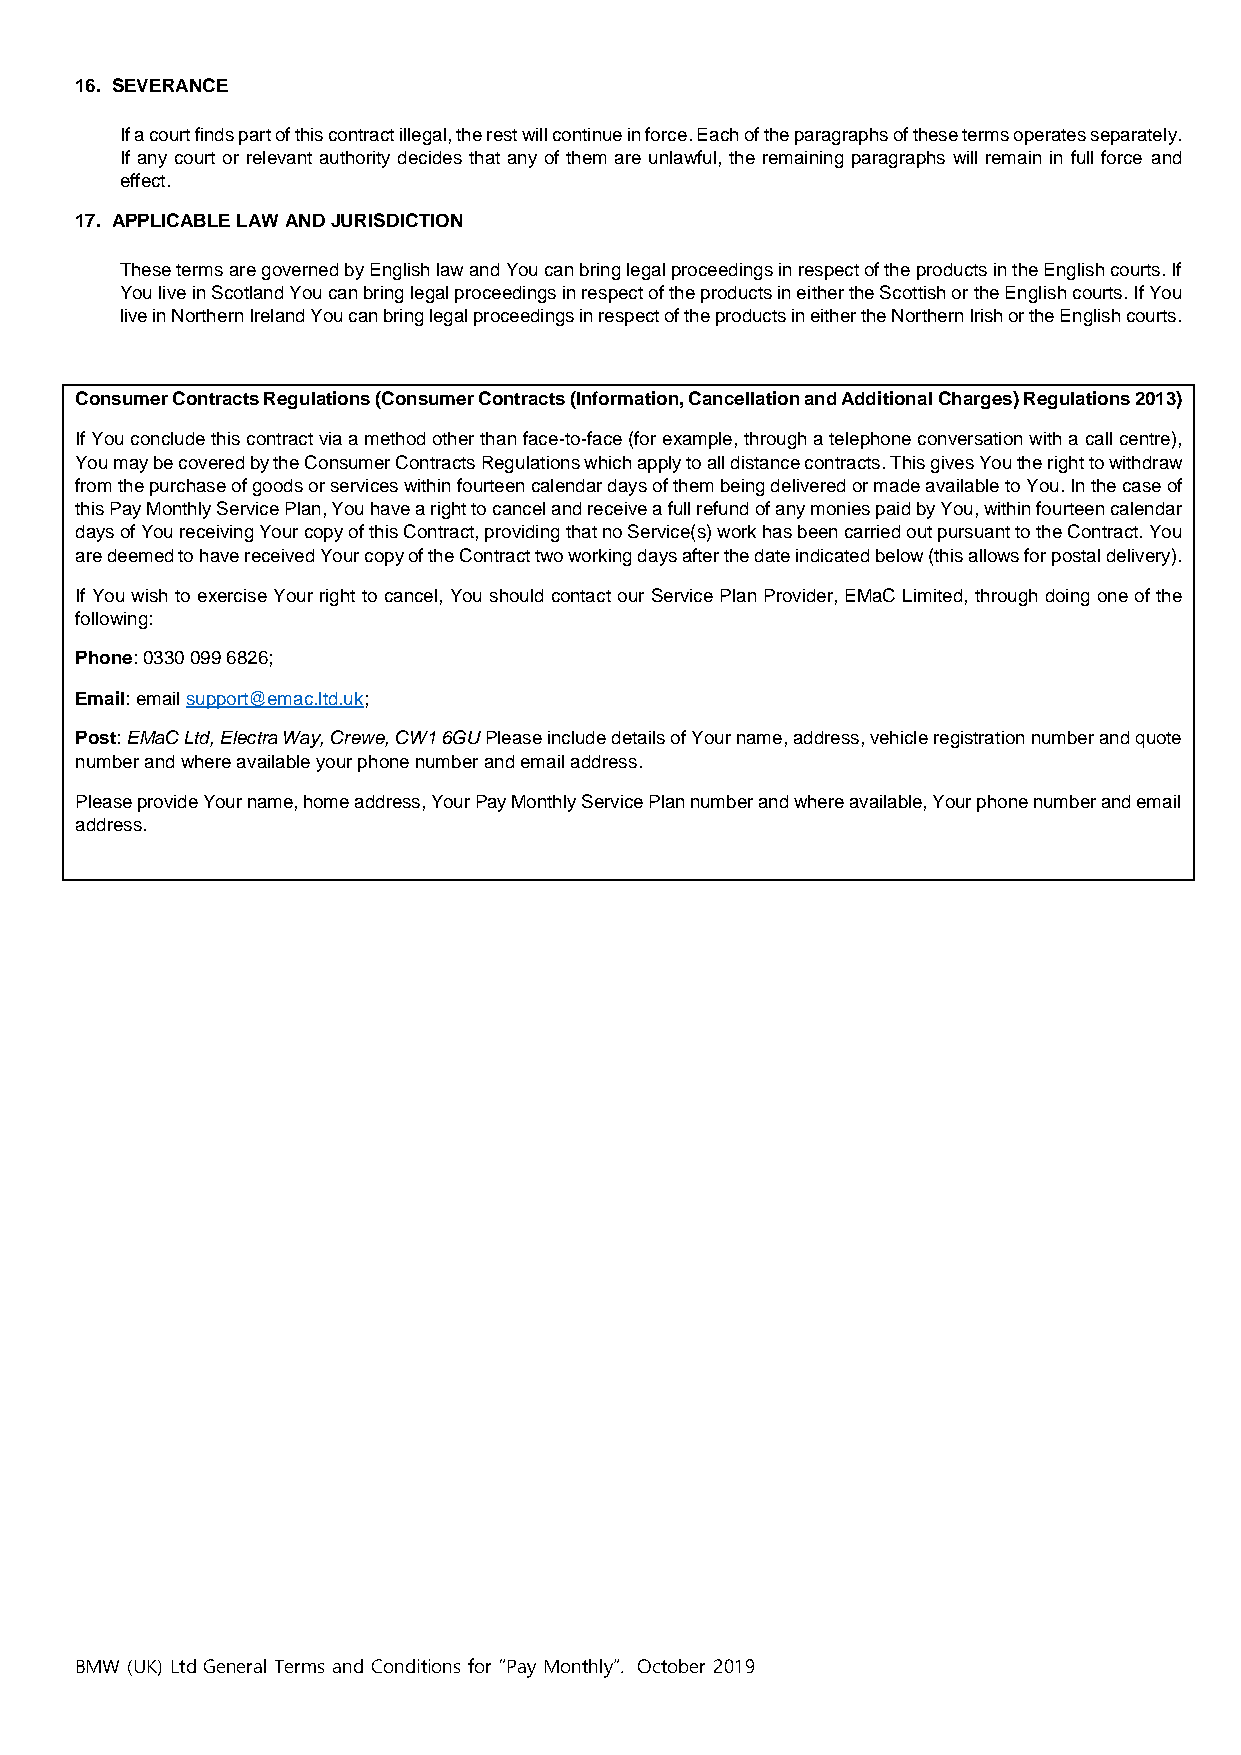
16. SEVERANCE
 If a court finds part of this contract illegal, the rest will continue in force. Each of the paragraphs of these terms operates separately.
 If any court or relevant authority decides that any of them are unlawful, the remaining paragraphs will remain in full force and
 effect.
 17. APPLICABLE LAW AND JURISDICTION
 These terms are governed by English law and You can bring legal proceedings in respect of the products in the English courts. If
 You live in Scotland You can bring legal proceedings in respect of the products in either the Scottish or the English courts. If You
 live in Northern Ireland You can bring legal proceedings in respect of the products in either the Northern Irish or the English courts.
 Consumer Contracts Regulations (Consumer Contracts (Information, Cancellation and Additional Charges) Regulations 2013)
 If You conclude this contract via a method other than face-to-face (for example, through a telephone conversation with a call centre),
 You may be covered by the Consumer Contracts Regulations which apply to all distance contracts. This gives You the right to withdraw
 from the purchase of goods or services within fourteen calendar days of them being delivered or made available to You. In the case of
 this Pay Monthly Service Plan, You have a right to cancel and receive a full refund of any monies paid by You, within fourteen calendar
 days of You receiving Your copy of this Contract, providing that no Service(s) work has been carried out pursuant to the Contract. You
 are deemed to have received Your copy of the Contract two working days after the date indicated below (this allows for postal delivery).
 If You wish to exercise Your right to cancel, You should contact our Service Plan Provider, EMaC Limited, through doing one of the
 following:
 Phone: 0330 099 6826;
 Email: email support@emac.ltd.uk;
 Post: EMaC Ltd, Electra Way, Crewe, CW1 6GU Please include details of Your name, address, vehicle registration number and quote
 number and where available your phone number and email address.
 Please provide Your name, home address, Your Pay Monthly Service Plan number and where available, Your phone number and email
 address.
 BMW (UK) Ltd General Terms and Conditions for “Pay Monthly”. October 2019